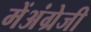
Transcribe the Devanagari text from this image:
मेंअंग्रेजी